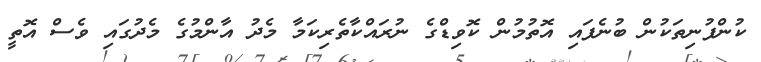
ކުންފުނިތަކުން ބުނެފައި އޮތުމުން ކޮވިޑްގެ ނުރައްކާތެރިކަމާ މެދު އާންމުގެ މެދުގައި ވެސް އޮތީ